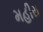
મહીરા